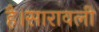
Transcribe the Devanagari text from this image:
है।सारावली